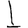
Digit: 1